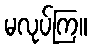
မလုပ်ကြ။